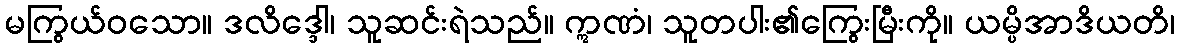
မကြွယ်ဝသော။ ဒလိဒ္ဒေါ၊ သူဆင်းရဲသည်။ ဣဏံ၊ သူတပါး၏ကြွေးမြီးကို။ ယမ္ပိအာဒိယတိ၊